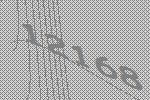
12168